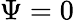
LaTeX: \Psi=0